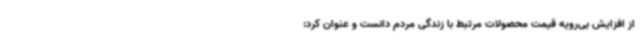
از افزایش بی‌رویه قیمت محصولات مرتبط با زندگی مردم دانست و عنوان کرد: